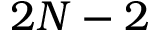
2 N - 2